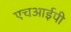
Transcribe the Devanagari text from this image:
एचआईपी